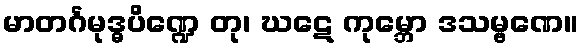
မာတင်္ဂမုဒ္ဓပိဏ္ဍေ တု၊ ဃဋေ ကုမ္ဘော ဒသမ္ဗဏေ။